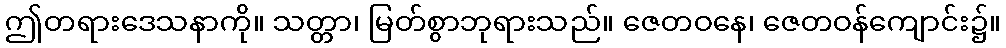
ဤတရားဒေသနာကို။ သတ္တာ၊ မြတ်စွာဘုရားသည်။ ဇေတဝနေ၊ ဇေတဝန်ကျောင်း၌။